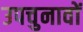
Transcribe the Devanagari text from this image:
उपचुनावों